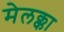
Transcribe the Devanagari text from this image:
मेलक्का